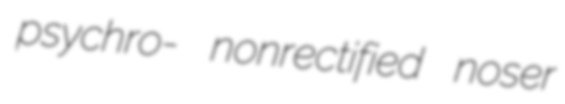
psychro- nonrectified noser